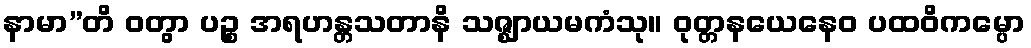
နာမာ”တိ ဝတွာ ပဉ္စ အရဟန္တသတာနိ သဇ္ဈာယမကံသု။ ဝုတ္တနယေနေဝ ပထဝိကမ္ပော